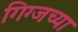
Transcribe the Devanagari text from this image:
गिग्जच्या